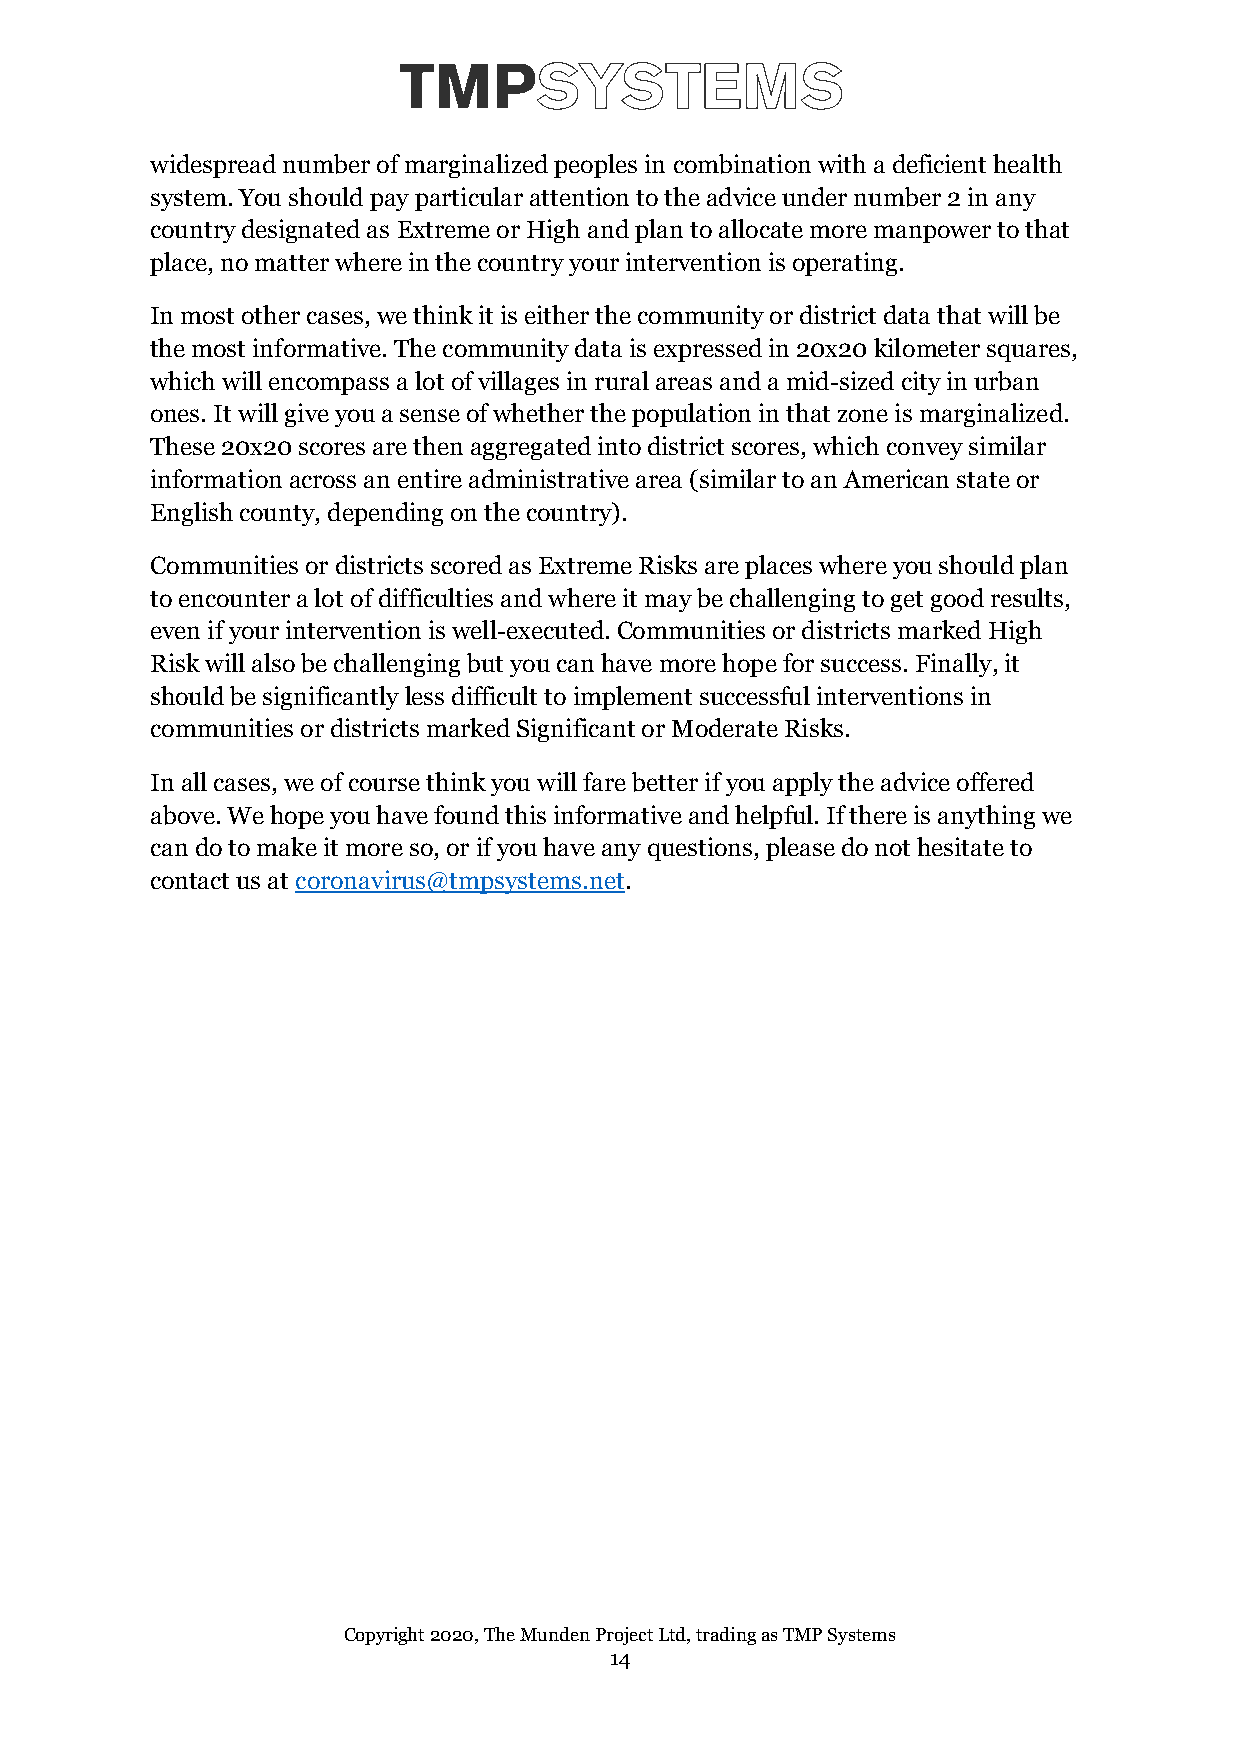
widespread number of marginalized peoples in combination with a deficient health
 system. You should pay particular attention to the advice under number 2 in any
 country designated as Extreme or High and plan to allocate more manpower to that
 place, no matter where in the country your intervention is operating.
 In most other cases, we think it is either the community or district data that will be
 the most informative. The community data is expressed in 20x20 kilometer squares,
 which will encompass a lot of villages in rural areas and a mid-sized city in urban
 ones. It will give you a sense of whether the population in that zone is marginalized.
 These 20x20 scores are then aggregated into district scores, which convey similar
 information across an entire administrative area (similar to an American state or
 English county, depending on the country).
 Communities or districts scored as Extreme Risks are places where you should plan
 to encounter a lot of difficulties and where it may be challenging to get good results,
 even if your intervention is well-executed. Communities or districts marked High
 Risk will also be challenging but you can have more hope for success. Finally, it
 should be significantly less difficult to implement successful interventions in
 communities or districts marked Significant or Moderate Risks.
 In all cases, we of course think you will fare better if you apply the advice offered
 above. We hope you have found this informative and helpful. If there is anything we
 can do to make it more so, or if you have any questions, please do not hesitate to
 contact us at coronavirus@tmpsystems.net.
 Copyright 2020, The Munden Pro ject Ltd, trading as TMP Systems
 14